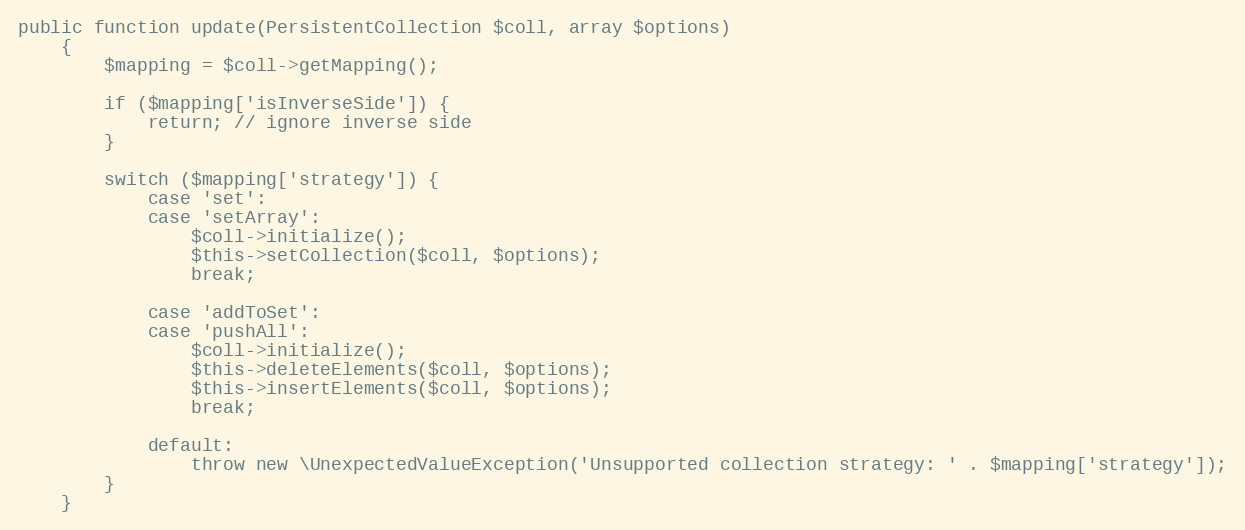
Language: PHP
public function update(PersistentCollection $coll, array $options)
    {
        $mapping = $coll->getMapping();

        if ($mapping['isInverseSide']) {
            return; // ignore inverse side
        }

        switch ($mapping['strategy']) {
            case 'set':
            case 'setArray':
                $coll->initialize();
                $this->setCollection($coll, $options);
                break;

            case 'addToSet':
            case 'pushAll':
                $coll->initialize();
                $this->deleteElements($coll, $options);
                $this->insertElements($coll, $options);
                break;

            default:
                throw new \UnexpectedValueException('Unsupported collection strategy: ' . $mapping['strategy']);
        }
    }